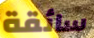
سائقة